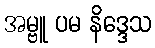
အမ္ဗူ ပမ နိဒ္ဒေသ